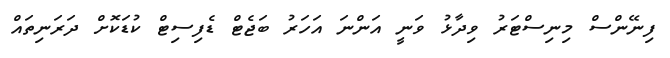
ފިނޭންސް މިނިސްޓަރު ވިދާޅު ވަނީ އަންނަ އަހަރު ބަޖެޓް ޑެފިސިޓް ކުޑަކޮށް ދަރަނިތައް